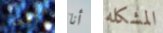
منزعجا أنا المشكله